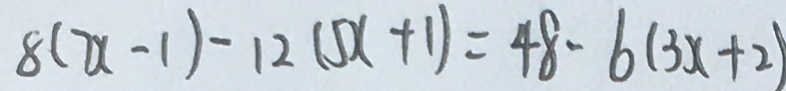
8 ( 7 x - 1 ) - 1 2 ( 5 x + 1 ) = 4 8 - 6 ( 3 x + 2 )